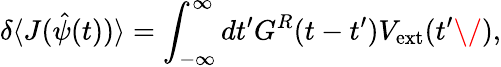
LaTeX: \delta\langle J(\hat{\psi}(t))\rangle=\int_{-\infty}^{\infty}dt^{\prime}G^{R}(t-t^{\prime})V_{\mathrm{ext}}(t^{\prime}\/ ),